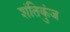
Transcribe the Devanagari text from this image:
शंतिकुंज